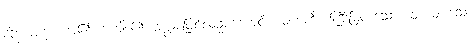
ထိုဘာဝနာ ကံ၏ အကျိုး၏ အစွမ်းဖြင့်လည်းကောင်း။ မဟတီ၊ ကြီးမြတ်သော။ ဝါ၊ များသော